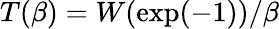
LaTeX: T(\beta)={W(\exp(-1))}/{\beta}